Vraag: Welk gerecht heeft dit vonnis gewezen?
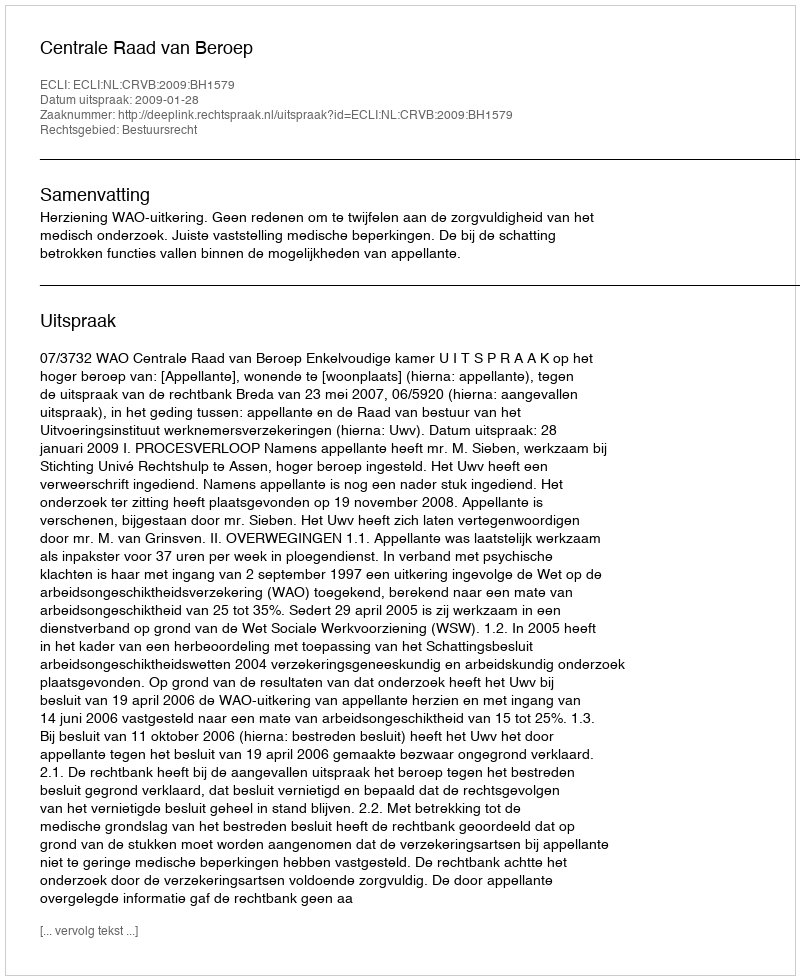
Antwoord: Centrale Raad van Beroep